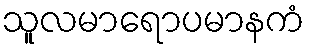
သူလမာရောပမာနကံ